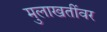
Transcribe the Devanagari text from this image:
मुलाखतींवर